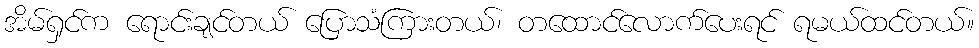
အိမ်ရှင်က ရောင်းချင်တယ် ပြောသံကြားတယ်၊ တထောင်လောက်ပေးရင် ရမယ်ထင်တယ်။